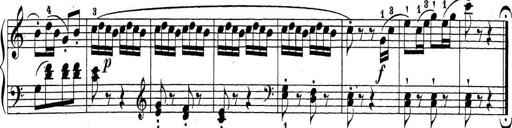
Title: Sonatina Album
Composer: Louis KÃ¶hler